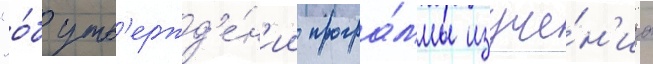
"о́б утв'ержд'е́н'ии програ́ммы изуче́н'иа